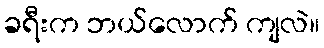
ခရီးက ဘယ်လောက် ကျလဲ။